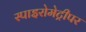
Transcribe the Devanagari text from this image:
स्पाइरोमेट्रीपर